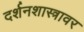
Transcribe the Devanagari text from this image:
दर्शनशास्त्रावर